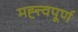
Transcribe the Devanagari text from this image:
मह्त्त्वपूर्ण